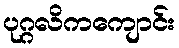
ပုဂ္ဂလိကကျောင်း